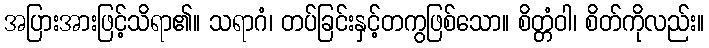
အပြားအားဖြင့်သိရာ၏။ သရာဂံ၊ တပ်ခြင်းနှင့်တကွဖြစ်သော။ စိတ္တံဝါ၊ စိတ်ကိုလည်း။